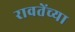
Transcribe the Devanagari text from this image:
रावतेंच्या